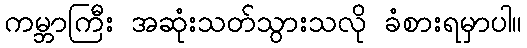
ကမ္ဘာကြီး အဆုံးသတ်သွားသလို ခံစားရမှာပါ။